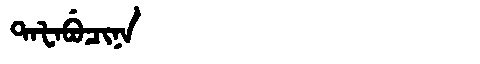
Manchu: ᡨᠠᡶᠠᠪᡠᠴᡳᠨᠠ
Romanization: TAFABUCINA